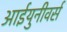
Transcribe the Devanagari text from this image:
आईयुनीवर्स